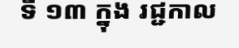
ទី ១៣ ក្នុង រជ្ជកាល